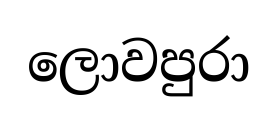
ලොවපුරා